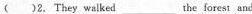
( )2.They walked ___the forest and